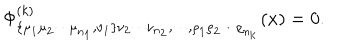
\Phi _ { \bf \{ \mu _ { 1 } \mu _ { 2 } \cdots \mu _ { n _ { 1 } } , \nu _ { 1 } \} \nu _ { 2 } \cdots \nu _ { n _ { 2 } } , \cdots , \rho _ { 1 } \rho _ { 2 } \cdots \rho _ { n _ { k } } } ^ { ( k ) } ( x ) = 0 .